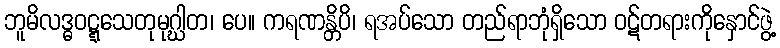
ဘူမိလဒ္ဓဝဋ္ဋသေတုမုဂ္ဃါတ၊ ပေ။ ကရဏန္တိပိ၊ ရအပ်သော တည်ရာဘုံရှိသော ဝဋ်တရားကိုနှောင်ဖွဲ့